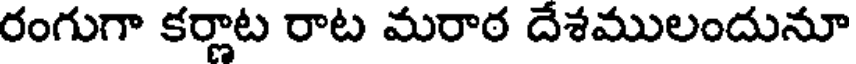
రంగుగా కర్ణాట రాట మరాఠ దేశములందునూ